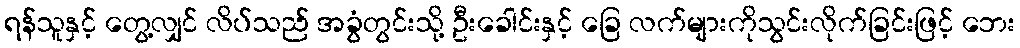
ရန်သူနှင့် တွေ့လျှင် လိပ်သည် အခွံတွင်းသို့ ဦးခေါင်းနှင့် ခြေ လက်များကိုသွင်းလိုက်ခြင်းဖြင့် ဘေး